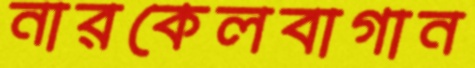
নারকেলবাগান